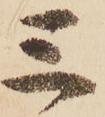
三